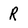
Character: R